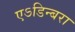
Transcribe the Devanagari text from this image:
एऽडिन्बरा